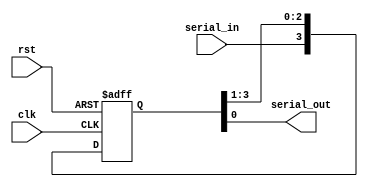
`timescale 1ns / 1ps
//////////////////////////////////////////////////////////////////////////////////
// Company: 
// Engineer: 
// 
// Design Name: 
// Module Name: SISO
// Project Name: 
// Target Devices: 
// Tool Versions: 
// Description: 
// 
// Dependencies: 
// 
// Revision:
// Revision 0.01 - File Created
// Additional Comments:
// 
//////////////////////////////////////////////////////////////////////////////////


module SISO(
    input wire clk,
    input wire rst,
    input wire serial_in,
    output wire serial_out
    );
    reg [3:0] shift;
    always @(posedge clk or posedge rst) begin
        if(rst) begin
            shift <= 4'b0000;
        end
        else begin
        shift <= {serial_in,shift[3:1]};
        end
    end
    assign serial_out = shift;
endmodule